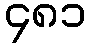
၄၈၁